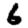
Digit: 6